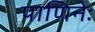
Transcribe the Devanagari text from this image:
पाणिनेः